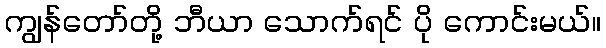
ကျွန်တော်တို့ ဘီယာ သောက်ရင် ပို ကောင်းမယ်။